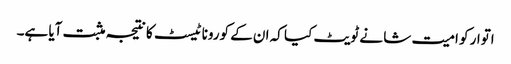
اتوار کو امیت شا نے ٹویٹ کیا کہ ان کے کورونا ٹیسٹ کا نتیجہ مثبت آیا ہے۔